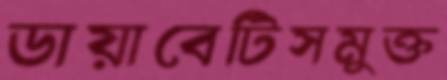
ডায়াবেটিসমুক্ত